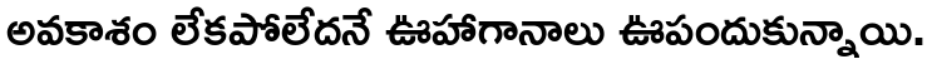
అవకాశం లేకపోలేదనే ఊహాగానాలు ఊపందుకున్నాయి.